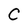
Character: C